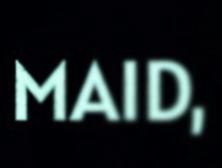
MAID,